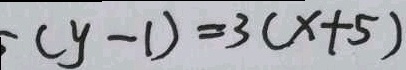
( y - 1 ) = 3 ( x + 5 )